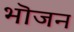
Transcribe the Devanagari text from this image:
भॊजन